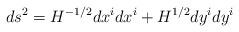
LaTeX: \begin{align*}ds^2=H^{-1/2}dx^i dx^i+H^{1/2}dy^i dy^i\end{align*}